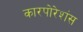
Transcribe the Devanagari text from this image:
कारपोरेशंस